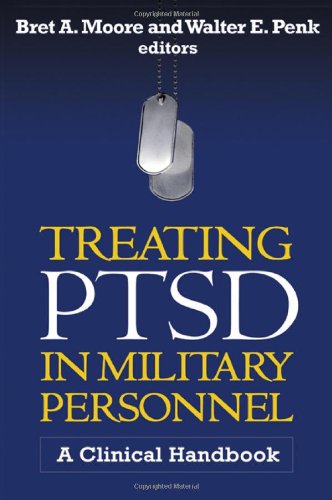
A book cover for Treating PTSD in Military Personnel: A Clinical Handbook; Medical Books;